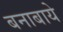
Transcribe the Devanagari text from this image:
बनाबाये